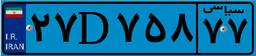
۶۲D۳۹۱۴۸